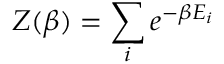
Z ( \beta ) = \sum _ { i } e ^ { - \beta E _ { i } }